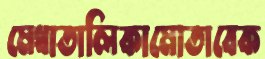
মেধাতালিকামোতাবেক